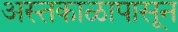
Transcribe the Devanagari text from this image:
अस्तकाळापासून